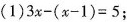
(1)$$3 x - ( x - 1 ) = 5$$；